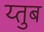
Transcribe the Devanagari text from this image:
य्तुब